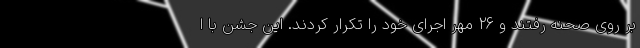
بر روی صحنه رفتند و 26 مهر اجرای خود را تکرار کردند. این جشن با ا